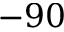
- 9 0